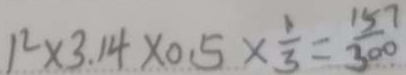
1 ^ { 2 } \times 3 . 1 4 \times 0 . 5 \times \frac { 1 } { 3 } = \frac { 1 5 7 } { 3 0 0 }